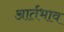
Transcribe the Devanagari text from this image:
आर्तभाव